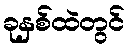
ခုနှစ်ထဲတွင်